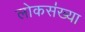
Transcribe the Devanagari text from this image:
लोकस॑ख्या